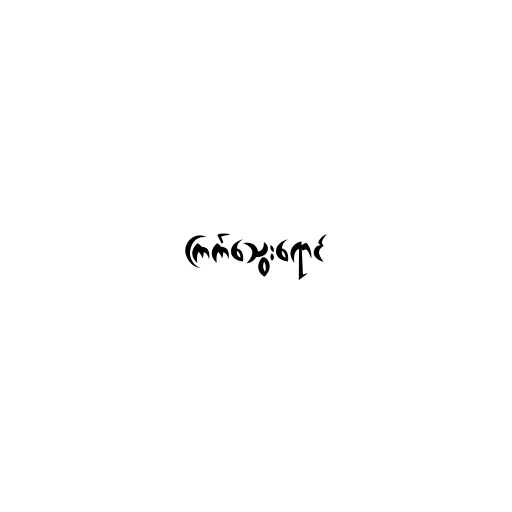
ကြက်သွေးရောင်